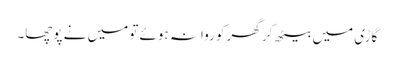
گاڑی میں بیٹھ کر گھر کو روانہ ہوئے تو میں نے پوچھا۔